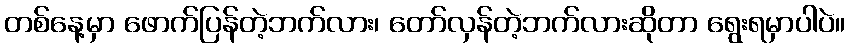
တစ်နေ့မှာ ဖောက်ပြန်တဲ့ဘက်လား၊ တော်လှန်တဲ့ဘက်လားဆိုတာ ရွေးရမှာပါပဲ။